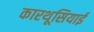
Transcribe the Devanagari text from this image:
कारथूसियाई